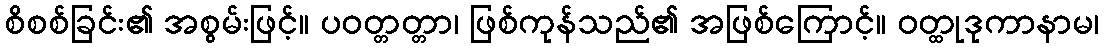
စိစစ်ခြင်း၏ အစွမ်းဖြင့်။ ပဝတ္တတ္တာ၊ ဖြစ်ကုန်သည်၏ အဖြစ်ကြောင့်။ ဝတ္ထုဒုကာနာမ၊